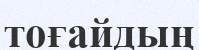
тоғайдың